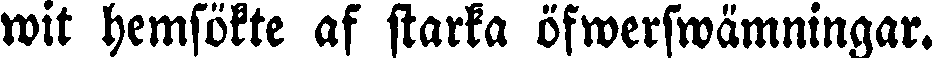
wit hemsökte af starka öfwerswämningar.